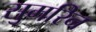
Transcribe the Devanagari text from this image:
सुमरिन